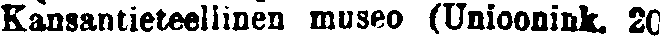
Kansantieteellinen museo (Unioonink. 20